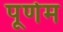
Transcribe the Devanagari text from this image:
पूर्णम